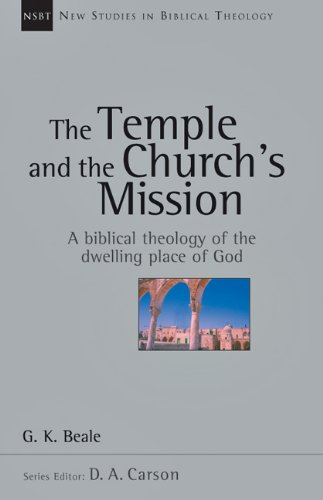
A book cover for The Temple and the Church's Mission: A Biblical Theology of the Dwelling Place of God (New Studies in Biblical Theology); G. K. Beale; Christian Books & Bibles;